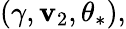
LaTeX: (\gamma,\mathbf{v}_{2},\theta_{\ast}),